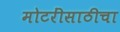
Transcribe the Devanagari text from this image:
मोटरींसाठीचा